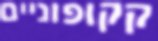
קקופוניים